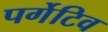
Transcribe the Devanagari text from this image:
पर्गेटिव